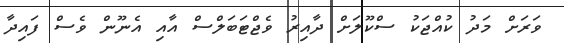
ވަރަށް މަދު ކުއްޖަކު ސްކޫލަށް ދާއިރު ވެޖްޓަބަލްސް އާއި އެނޫން ވެސް ފައިދާ